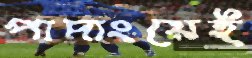
পাদাংয়েই